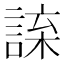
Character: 𧨯